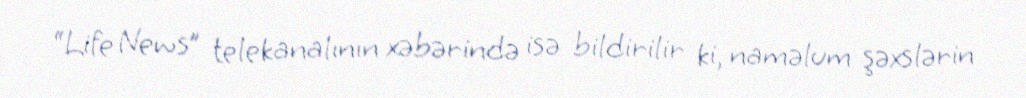
“Life News” telekanalının xəbərində isə bildirilir ki, naməlum şəxslərin